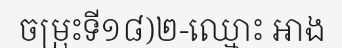
ចម្រុះទី១៨)២-ឈ្មោះ អាង